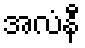
အလံနီ